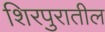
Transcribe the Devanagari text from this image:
शिरपुरातील